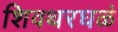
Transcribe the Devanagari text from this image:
शिवथरघळं